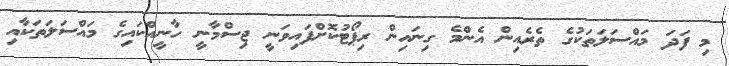
މި ފަދަ މައްސަލަތަކުގެ ތެރެއިން އެންމެ ގިނައިން ރިޕޯޓުކޮށްފައިވަނީ ޖިސްމާނީ ހާނީއްކައިގެ މައްސަލަތަކާއި